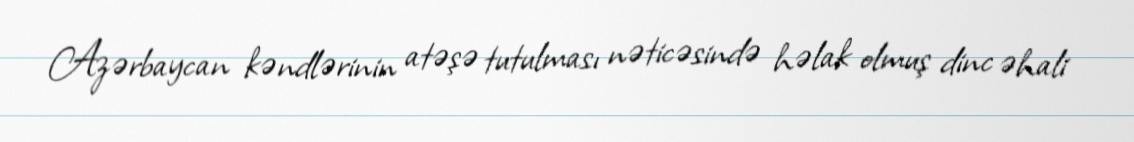
Azərbaycan kəndlərinin atəşə tutulması nəticəsində həlak olmuş dinc əhali